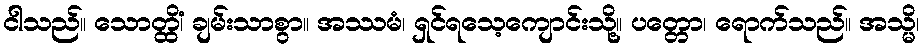
ငါသည်။ သောတ္ထိံ၊ ချမ်းသာစွာ။ အဿမံ၊ ရှင်ရသေ့ကျောင်းသို့။ ပတ္တော၊ ရောက်သည်။ အသ္မိ၊